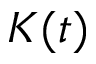
K ( t )